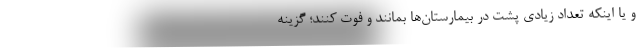
و یا اینکه تعداد زیادی پشت در بیمارستان‌ها بمانند و فوت کنند؛ گزینه